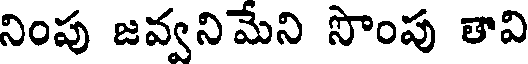
నింపు జవ్వనిమేని సొంపు తావి